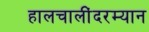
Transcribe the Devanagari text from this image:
हालचालींदरम्यान